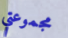
مجموعتي